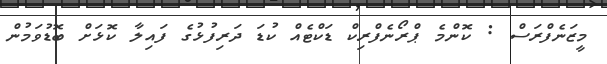
މީޒަނެފްރަސް : ކޮންމެ ޕްރޯނެފްރިކް ޑަކްޓެއް ކުޑަ ދަރިފުޅުގެ ފައިލާ ކޮޅަށް ބޮޑުވަމުން